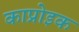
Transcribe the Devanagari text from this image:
काप्रोइक